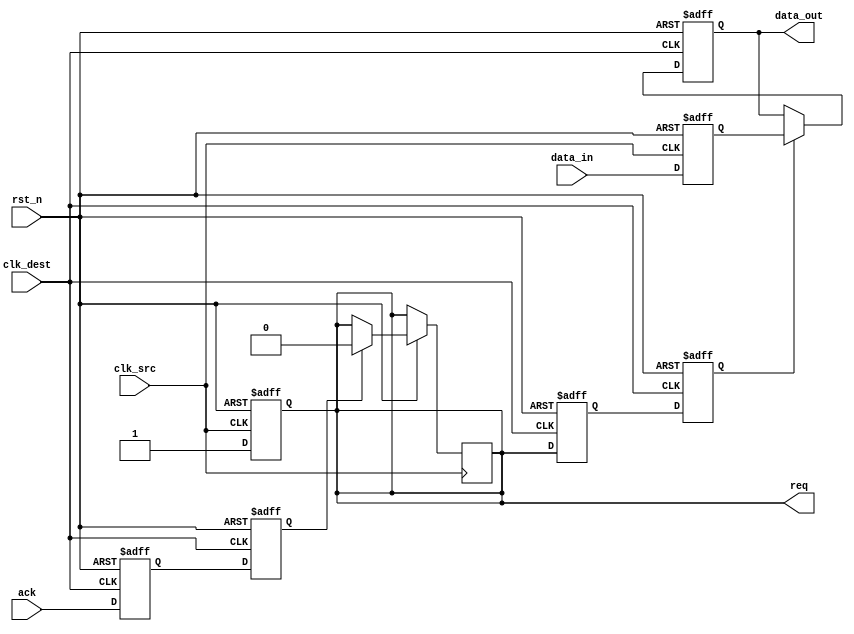
module HandshakeSynchronizer (
    input wire clk_src,        // Source clock
    input wire clk_dest,       // Destination clock
    input wire rst_n,          // Asynchronous reset (active low)
    input wire [7:0] data_in,  // Data input from source domain
    output reg [7:0] data_out, // Data output to destination domain
    output reg req,            // Request signal from source
    input wire ack             // Acknowledgment signal from destination
);

    // Internal signals
    reg [7:0] data_buffer;     // Buffer to hold data for transfer
    reg req_sync1, req_sync2;  // Synchronization registers for req
    reg ack_sync1, ack_sync2;  // Synchronization registers for ack

    // Generate req signal when data is valid
    always @(posedge clk_src or negedge rst_n) begin
        if (!rst_n) begin
            req <= 1'b0;
            data_buffer <= 8'b0;
        end else begin
            // Assert req when data is available
            req <= 1'b1;
            data_buffer <= data_in; // Store data to buffer
        end
    end

    // Synchronize req signal to destination clock domain
    always @(posedge clk_dest or negedge rst_n) begin
        if (!rst_n) begin
            req_sync1 <= 1'b0;
            req_sync2 <= 1'b0;
        end else begin
            req_sync1 <= req;       // First stage of synchronization
            req_sync2 <= req_sync1; // Second stage of synchronization
        end
    end

    // Data transfer and acknowledgment logic
    always @(posedge clk_dest or negedge rst_n) begin
        if (!rst_n) begin
            data_out <= 8'b0;
            ack_sync1 <= 1'b0;
            ack_sync2 <= 1'b0;
        end else begin
            if (req_sync2) begin
                data_out <= data_buffer; // Transfer data to output
            end
            ack_sync1 <= ack;          // First stage of ack synchronization
            ack_sync2 <= ack_sync1;    // Second stage of ack synchronization
        end
    end

    // Generate ack signal in source clock domain
    always @(posedge clk_src or negedge rst_n) begin
        if (!rst_n) begin
            // Do nothing on reset
        end else begin
            if (ack_sync2) begin
                req <= 1'b0; // Clear req when ack is received
            end
        end
    end

endmodule